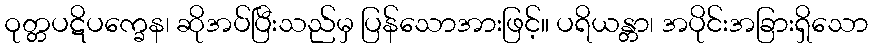
ဝုတ္တပဋိပက္ခေန၊ ဆိုအပ်ပြီးသည်မှ ပြန်သောအားဖြင့်။ ပရိယန္တာ၊ အပိုင်းအခြားရှိသော